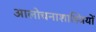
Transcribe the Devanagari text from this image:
आलोचनाशास्त्रियों